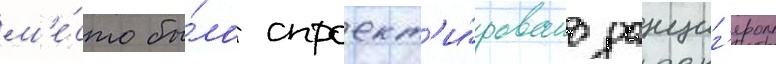
м'е́сто бы́ло спроект'и́ровано данциг'ером